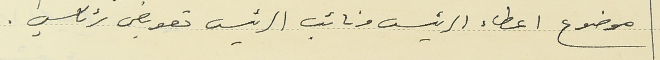
موضوع اعطاء الرئيس ونائب الرئيس تعويض رئاسي .